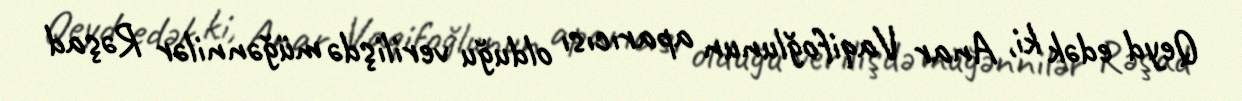
Qeyd edək ki, Anar Vaqifoğlunun aparıcısı olduğu verilişdə müğənnilər Rəşad